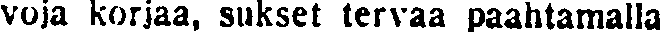
voja korjaa, sukset tervaa paahtamalla